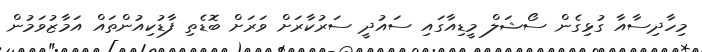
މިހާދިސާއާ ގުޅިގެން ސޯޝަލް މީޑިއާގައި ސައުދީ ސަރުކާރަށް ވަރަށް ބޮޑެތި ފާޑުކިއުންތައް އަމާޒުވަމުން